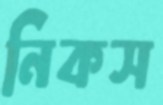
নিকস